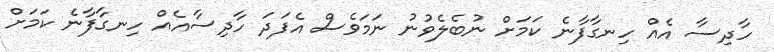
ހާދިސާ އެއް ހިނގާފާނެ ކަމަށް ނުބެލެވުނު ނަމަވެސް އެފަދަ ހާދިސާއެއް ހިނގާފާނެ ކަމަށް